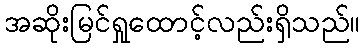
အဆိုးမြင်ရှုထောင့်လည်းရှိသည်။